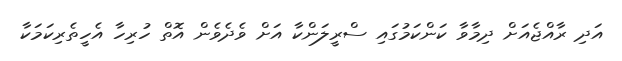
އަދި ރާއްޖެއަށް ދިމާވާ ކަންކަމުގައި ސްރީލަންކާ އަށް ވެދެވެން އޮތް ހުރިހާ އެހީތެރިކަމަކާ